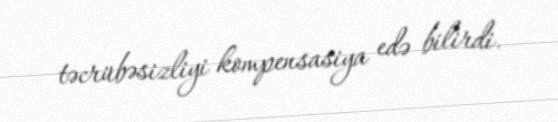
təcrübəsizliyi kompensasiya edə bilirdi.